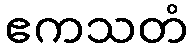
ဧကသတံ